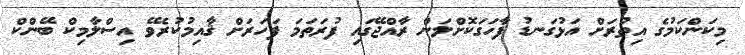
މިކަންކަމުގެ އިތުރަށް އަޅުގަނޑު ފާހަގަކޮށްލަން ރާއްޖޭގައި ފުރަތަމަ ފަހަރަށް ޤާއިމުކުރެވޭ އިސްލާމިކް ބޭންކް